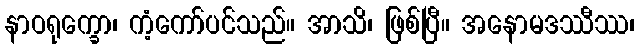
နာဝရုက္ခော၊ ကံ့ကော်ပင်သည်။ အာသိ၊ ဖြစ်ပြီ။ အနောမဒဿီဿ၊